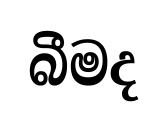
බීමද